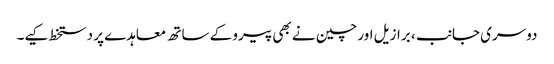
دوسری جانب ، برازیل اور چین نے بھی پیرو کے ساتھ معاہدے پر دستخط کیے۔